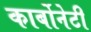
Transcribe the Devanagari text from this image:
कार्बोनेटी